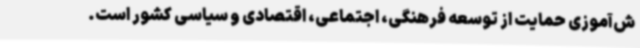
ش‌آموزی حمایت از توسعه فرهنگی، اجتماعی، اقتصادی و سیاسی کشور است.